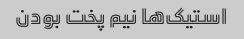
استیک‌ها نیم پخت بودن